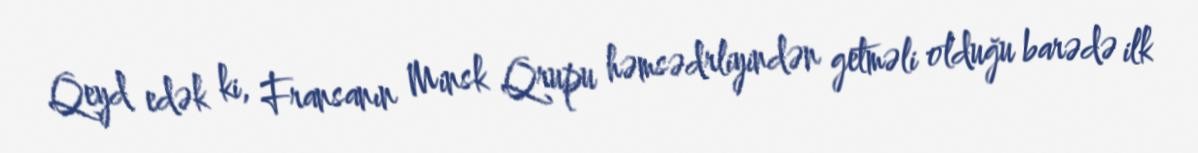
Qeyd edək ki, Fransanın Minsk Qrupu həmsədrliyindən getməli olduğu barədə ilk